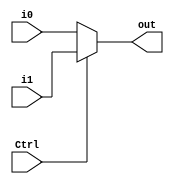
module MUX5 (
    input Ctrl,
    input [4:0] i0,
    input [4:0] i1,
    output [4:0] out
);
    always @* begin
        if (Ctrl == 0)
            out = i0;
        else
            out = i1;
    end

endmodule